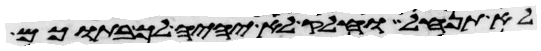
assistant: לא תנחל וחלק לא יהיה לך בתוכם